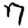
Digit: 7